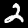
Digit: 2